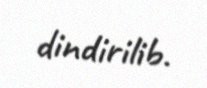
dindirilib.